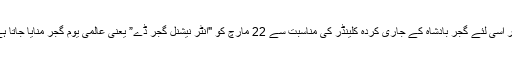
اور اسی لئے گجر بادشاہ کے جاری کردہ کلینڈر کی مناسبت سے 22 مارچ کو "انٹر نیشنل گجر ڈے” یعنی عالمی یومِ گجر منایا جاتا ہے۔